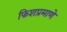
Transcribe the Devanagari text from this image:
फिशप्रमाणे